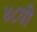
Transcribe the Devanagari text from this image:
४८वी